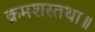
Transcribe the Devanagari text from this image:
क्रमशस्तथा॥